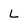
Character: L